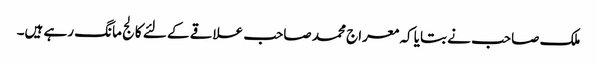
ملک صاحب نے بتایا کہ معراج محمد صاحب علاقے کے لئے کالج مانگ رہے ہیں۔